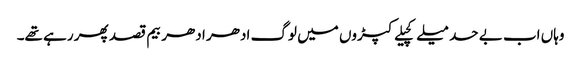
وہاں اب بے حد میلے کچیلے کپڑوں میں لوگ ادھر ادھر بیم قصد پھر رہے تھے۔